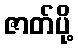
ဇာတ်ပို့